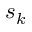
s _ { k }